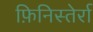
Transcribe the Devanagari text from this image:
फ़िनिस्तेर्रा